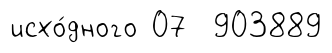
исхо́дного 07 903889